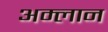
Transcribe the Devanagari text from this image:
अम्लान